Scottish Leaving Certificate Examination, 1954
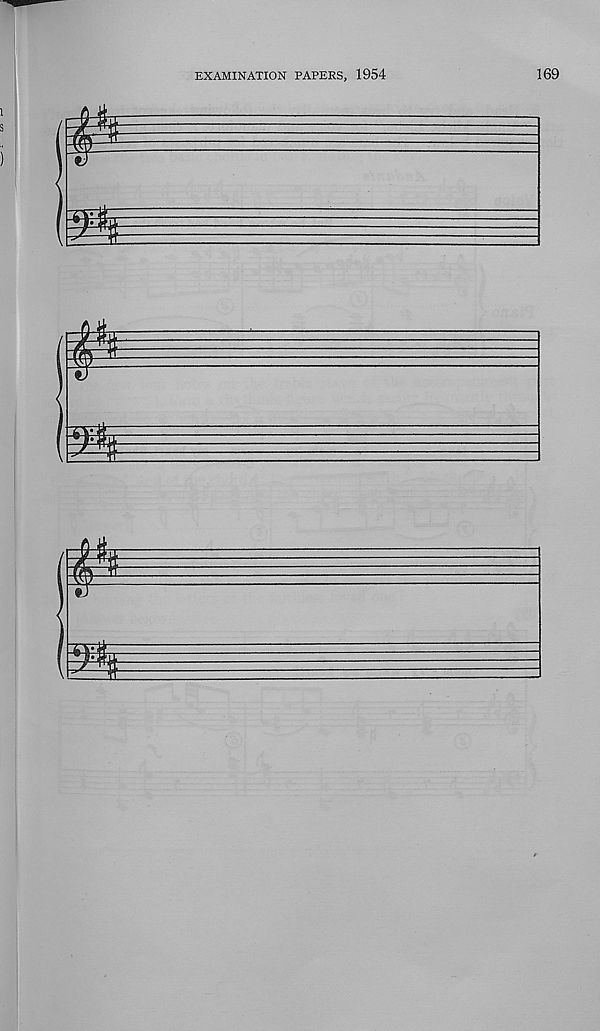
EXAMINATION PAPERS, 1954
169
£
i
m
£
i
3
£